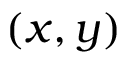
( x , y )